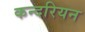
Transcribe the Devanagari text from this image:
कन्दरियन